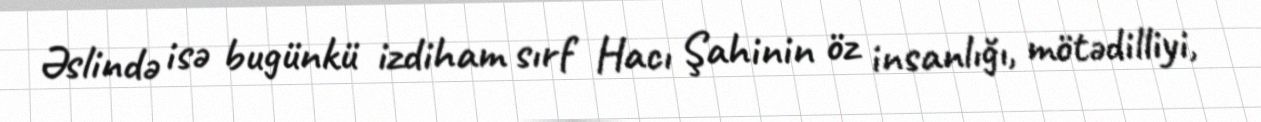
Əslində isə bugünkü izdiham sırf Hacı Şahinin öz insanlığı, mötədilliyi,